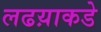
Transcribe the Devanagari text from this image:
लढय़ाकडे